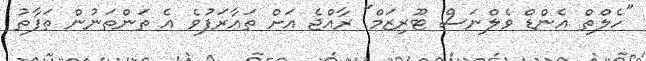
"ހެލްތް އެންޑް ވެލްނަސް ޓޫރިޒަމް" ރާއްޖެ އަށް ތައާރަފުވެ އެ ތަންތަނުން ތަފާތު